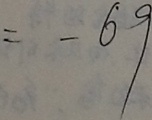
= - 6 9